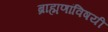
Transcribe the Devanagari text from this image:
ब्राह्मणांविषयी